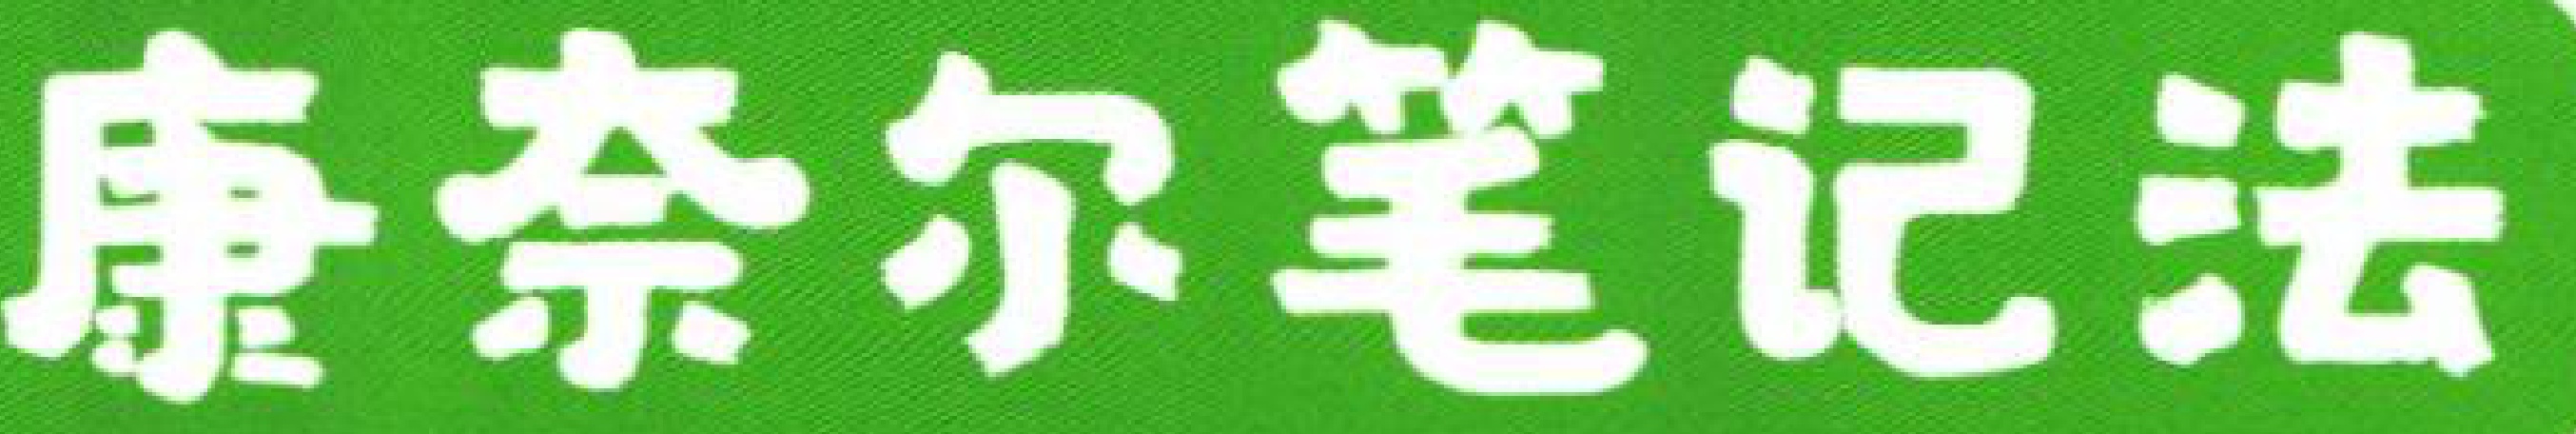
康奈尔笔记法